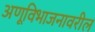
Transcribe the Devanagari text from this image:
अणूविभाजनावरील